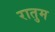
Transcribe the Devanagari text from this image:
रातुम